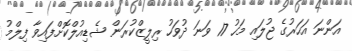
އަންނަ އަހަރުގެ ޖުލައި މަހު 17 ވަނަ ދުވަހު ރިލީޒްކުރަން ޝެޑިއުލްކޮށްފައިވާ ފިލްމު